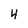
Character: 4